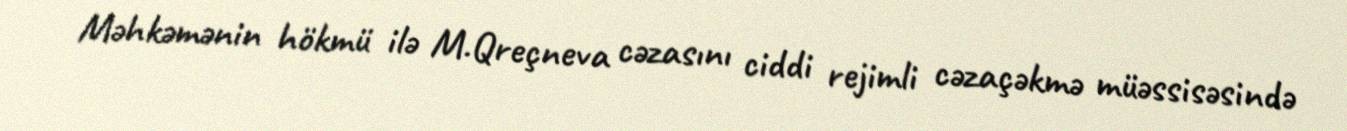
Məhkəmənin hökmü ilə M.Qreçneva cəzasını ciddi rejimli cəzaçəkmə müəssisəsində